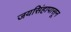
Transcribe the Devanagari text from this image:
जयसिंहापासून